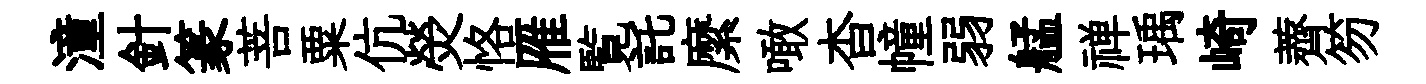
潼針篆菩粟伉熒恪雁覧託縻噉杳幢弱艋禅瑀崎薺笏